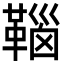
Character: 𩋈